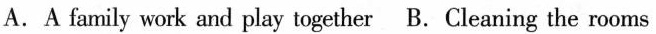
A.A family work and play together B.Cleaning the rooms